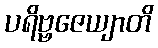
ပရိဗ္ဗဇေယျာတိ